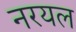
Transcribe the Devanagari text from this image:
नरयल